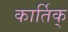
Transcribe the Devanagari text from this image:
कार्तिक्